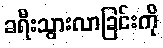
ခရီးသွားလာခြင်းကို